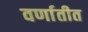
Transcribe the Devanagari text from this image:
वर्णातीत